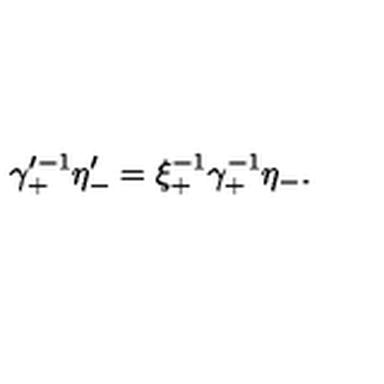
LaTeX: \gamma _ { + } ^ { \prime - 1 } \eta _ { - } ^ { \prime } = \xi _ { + } ^ { - 1 } \gamma _ { + } ^ { - 1 } \eta _ { - } .